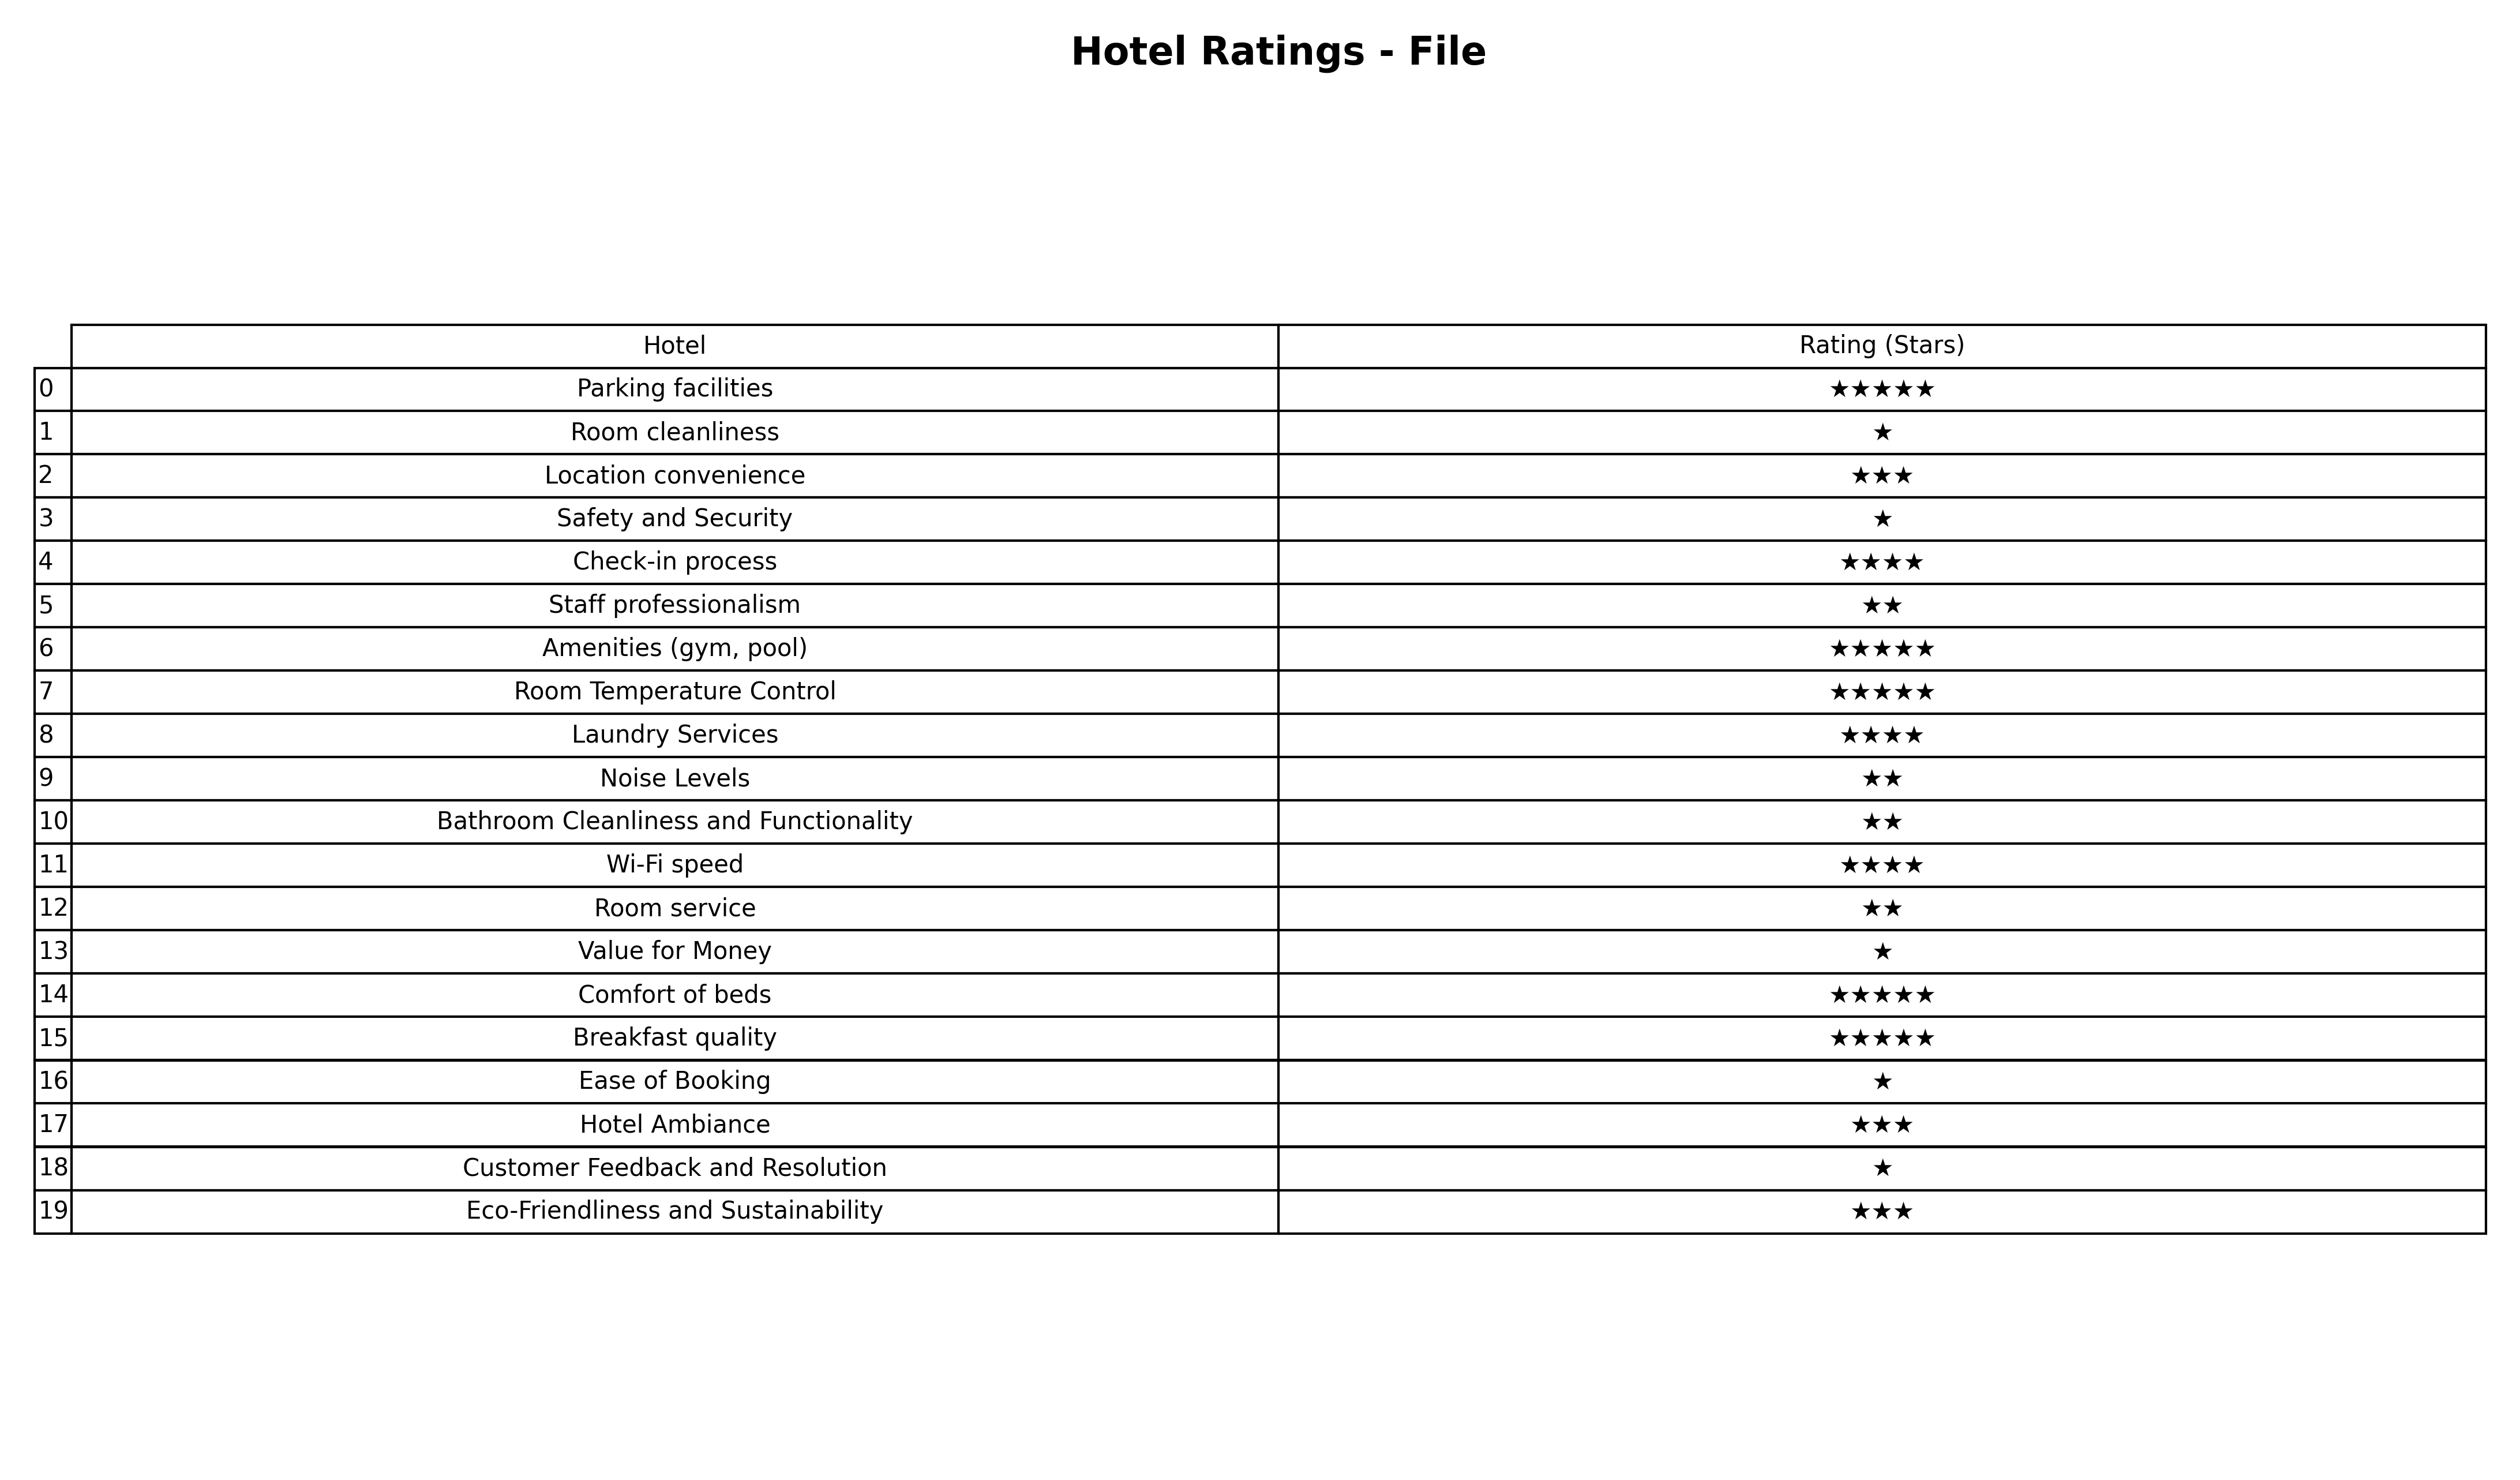
question: What are two star services?
answer: Staff professionalismNoise LevelsBathroom Cleanliness and FunctionalityRoom service